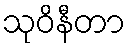
သုဝိနီတာ